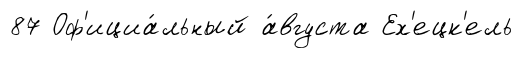
87 Оф'ициа́льный а́вгуста Ех'ецк'ель